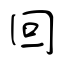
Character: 回